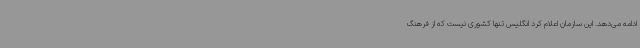
ادامه می‌دهد. این سازمان اعلام کرد انگلیس تنها کشوری نیست که از فرهنگ